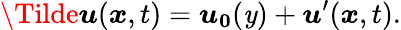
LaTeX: \boldsymbol{\Tilde{u}}(\boldsymbol{x},t)=\boldsymbol{u_{0}}(\mathit{y})+\boldsymbol{u}^{\prime}(\boldsymbol{x},t).